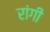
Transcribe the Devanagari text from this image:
रांगी